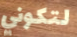
لتكوني